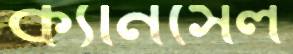
ক্যানসেল